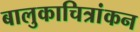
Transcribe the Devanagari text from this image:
बालुकाचित्रांकन